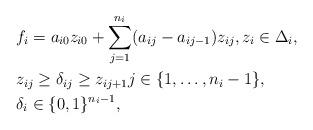
LaTeX: \begin{align*}\begin{aligned}&f_i = a_{i0}z_{i0} + \sum_{j = 1}^{n_i}(a_{ij} - a_{ij-1})z_{ij}, z_i \in \Delta_i,\\ & z_{ij} \geq \delta_{ij} \geq z_{ij+1} j \in \{1, \ldots,n_i-1\}, \\ &\delta_{i} \in \{0,1\}^{n_i-1}, \end{aligned}\end{align*}